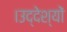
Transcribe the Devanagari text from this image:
।उद्देश्यों